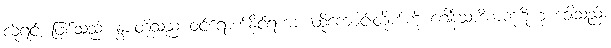
လိုရင်း ဖြစ်သည်၊ နွားတို့သည် ဝင်ရောက်နိုင်ရကား ထိုကျောင်းတိုက်ကို ဂေါနိသာဒိကကုဋိဟု ခေါ်သည်။